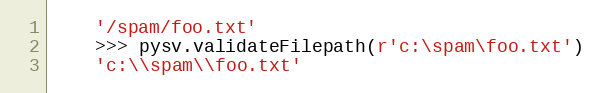
Language: Python
    '/spam/foo.txt'
    >>> pysv.validateFilepath(r'c:\spam\foo.txt')
    'c:\\spam\\foo.txt'